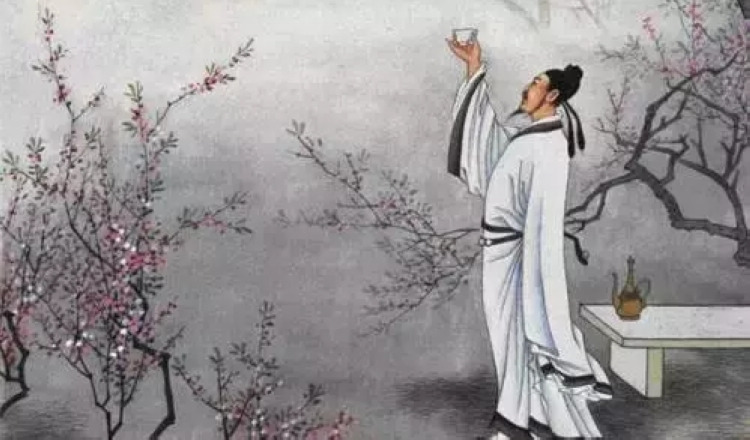
零落栖迟一杯酒，主人奉觞客长寿。